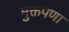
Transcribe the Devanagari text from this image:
मुक्तपणा